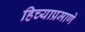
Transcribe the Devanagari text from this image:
हिच्याप्रमाणे